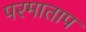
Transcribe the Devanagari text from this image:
परमाताप